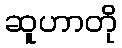
ဆူဟာတို